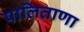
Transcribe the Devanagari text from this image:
पालिताणा